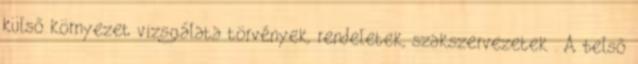
külső környezet vizsgálata törvények, rendeletek, szakszervezetek . A belső